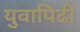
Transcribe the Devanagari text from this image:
युवापिढी